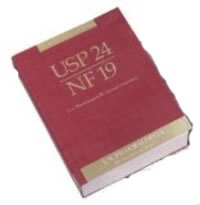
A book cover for United States Pharmacopeia (USP # 24 NF19) (Hardcover Text w/ 3 Supplements); United States Pharmacopoeia Convention; Medical Books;